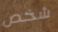
شخص